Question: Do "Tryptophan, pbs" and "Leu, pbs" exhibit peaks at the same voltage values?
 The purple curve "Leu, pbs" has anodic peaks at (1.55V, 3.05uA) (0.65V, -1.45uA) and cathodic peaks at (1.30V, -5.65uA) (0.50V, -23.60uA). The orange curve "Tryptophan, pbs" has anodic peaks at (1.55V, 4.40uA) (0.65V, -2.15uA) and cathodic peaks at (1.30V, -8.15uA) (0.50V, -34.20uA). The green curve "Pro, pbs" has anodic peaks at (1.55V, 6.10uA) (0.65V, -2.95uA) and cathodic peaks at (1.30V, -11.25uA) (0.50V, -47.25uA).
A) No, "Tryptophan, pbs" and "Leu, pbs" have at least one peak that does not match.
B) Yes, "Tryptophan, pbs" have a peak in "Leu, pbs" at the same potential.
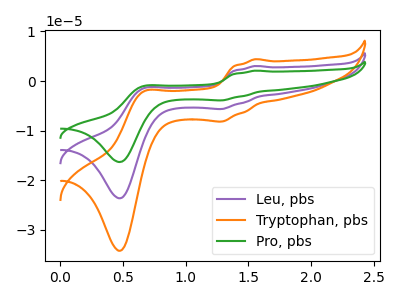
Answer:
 <answer>B) Yes, "Tryptophan, pbs" have a peak in "Leu, pbs" at the same potential.</answer>
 <eval>B</eval>